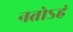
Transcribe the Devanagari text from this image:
नतोऽहं